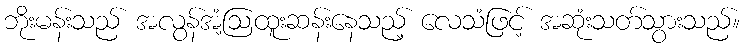
ဘိုးမန်းသည် အလွန်အံ့ဩထူးဆန်းနေသည့် လေသံဖြင့် အဆုံးသတ်သွားသည်။